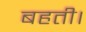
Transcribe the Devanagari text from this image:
बहती।